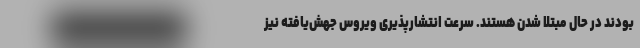
بودند در حال مبتلا شدن هستند. سرعت انتشارپذیری ویروس جهش‌یافته نیز